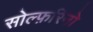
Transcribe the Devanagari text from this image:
सोल्फ़रिनो